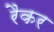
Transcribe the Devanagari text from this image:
रैकर